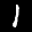
Label: 1